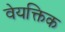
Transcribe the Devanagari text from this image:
वेयक्तिक